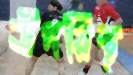
উপরিস্থ